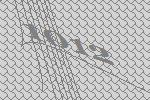
1012